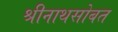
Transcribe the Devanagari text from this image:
श्रीनाथसोबत